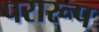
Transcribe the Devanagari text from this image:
परारूप